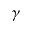
\gamma